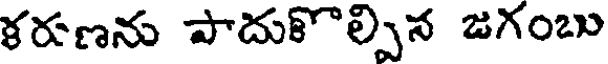
ళరణను పాదుకొల్పిన జగంబు